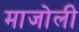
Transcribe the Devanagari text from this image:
माजोली